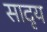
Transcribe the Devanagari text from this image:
सादृय